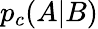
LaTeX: p_{c}(A|B)